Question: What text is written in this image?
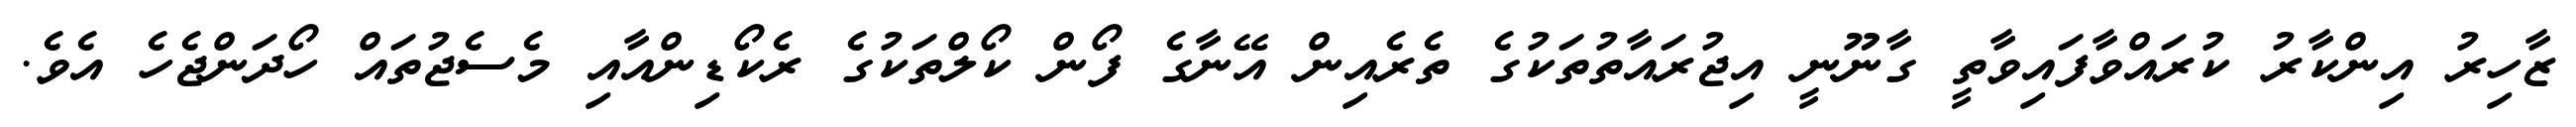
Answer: ޒާހިރު އިންކާރު ކުރައްވާފައިވާތީ ގާނޫނީ އިޖުރައާތުތަކުގެ ތެރެއިން އޭނާގެ ފޯން ކޯލްތަކުގެ ރެކޯޑިންއާއި މެސެޖުތައް ހޯދަންޖެހެ އެވެ.